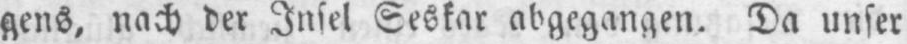
gens, nach der Insel Seskar abgegangen. Da unser